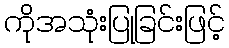
ကိုအသုံးပြုခြင်းဖြင့်